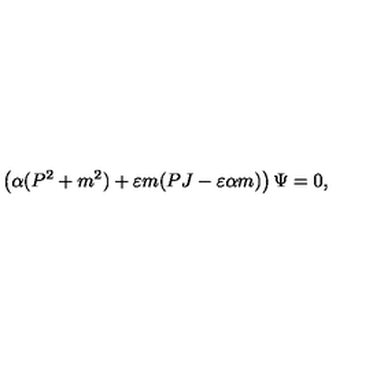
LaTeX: \left( \alpha ( P ^ { 2 } + m ^ { 2 } ) + \varepsilon m ( P J - \varepsilon \alpha m ) \right) \Psi = 0 ,